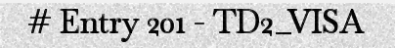
# Entry 201 - TD2_VISA